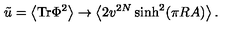
\tilde { u } = \left< \mathrm { T r } \Phi ^ { 2 } \right> \rightarrow \left< 2 v ^ { 2 N } \sinh ^ { 2 } ( \pi R A ) \right> .